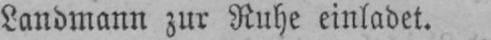
Landmann zur Ruhe einladet.